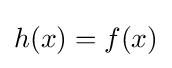
h(x)=f(x)